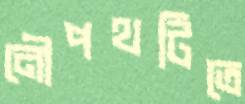
নৌপথটিতে